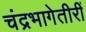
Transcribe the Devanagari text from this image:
चंद्रभागेतीरीं